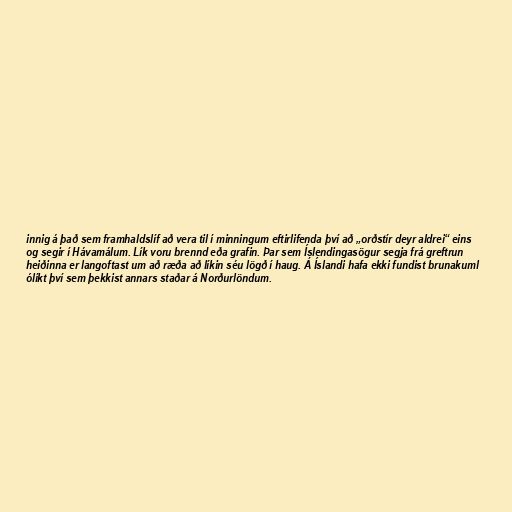
innig á það sem framhaldslíf að vera til í minningum eftirlifenda því að „orðstír deyr aldrei“ eins
og segir í Hávamálum. Lík voru brennd eða grafin. Þar sem Íslendingasögur segja frá greftrun
heiðinna er langoftast um að ræða að líkin séu lögð í haug. Á Íslandi hafa ekki fundist brunakuml
ólíkt því sem þekkist annars staðar á Norðurlöndum.